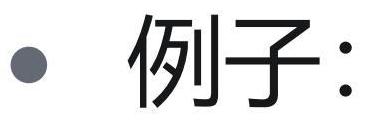
$\bullet$ 例子：